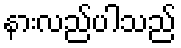
နားလည်ပါသည်